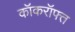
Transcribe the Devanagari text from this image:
कॉकरॉफ्त